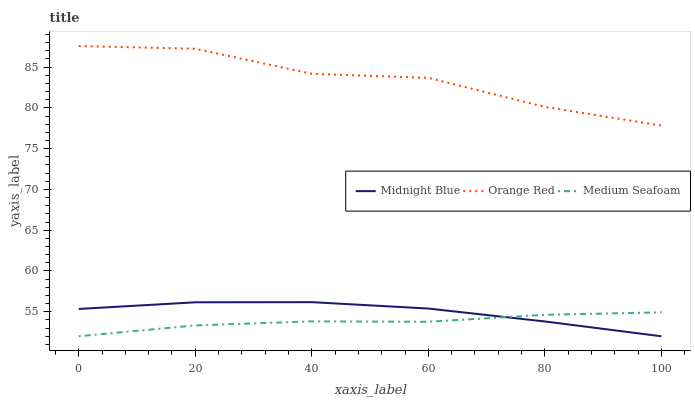
| xaxis_label | Midnight Blue | Orange Red | Medium Seafoam |
 | --- | --- | --- | --- |
 | 0 | 55.3 | 87.6 | 52 |
 | 20 | 56.2 | 87.2 | 53.3 |
 | 40 | 56.2 | 84.2 | 53.8 |
 | 60 | 55.4 | 83.7 | 53.8 |
 | 80 | 53.8 | 80.1 | 54.6 |
 | 100 | 52 | 77.8 | 54.9 |